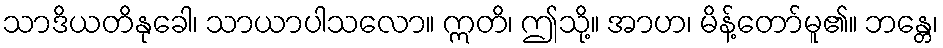
သာဒိယတိနုခေါ၊ သာယာပါသလော။ ဣတိ၊ ဤသို့။ အာဟ၊ မိန့်တော်မူ၏။ ဘန္တေ၊